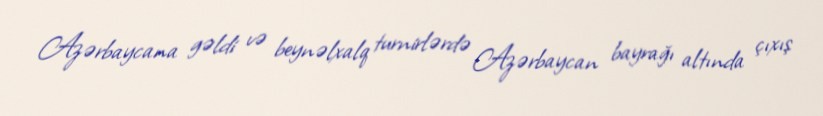
Azərbaycana gəldi və beynəlxalq turnirlərdə Azərbaycan bayrağı altında çıxış